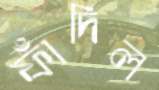
ফাঁদিল